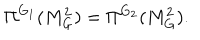
LaTeX: \Pi ^ { G _ { 1 } } ( M _ { G } ^ { 2 } ) = \Pi ^ { G _ { 2 } } ( M _ { G } ^ { 2 } ) .